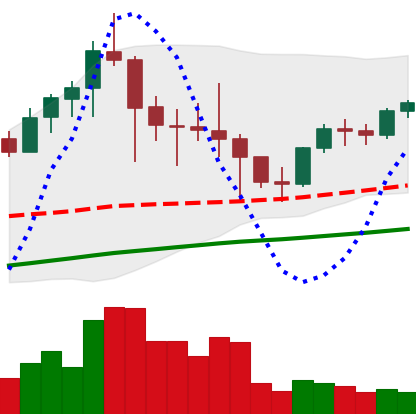
Ticker: LTC-USD
Chart end date: 2021-05-01
Forward return: 27.698%
Label: up_7plus